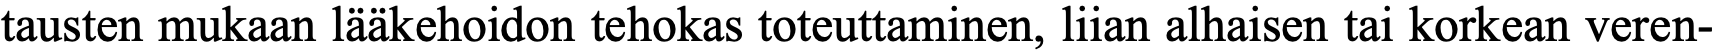
tausten mukaan lääkehoidon tehokas toteuttaminen, liian alhaisen tai korkean veren-